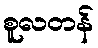
စူလတန်